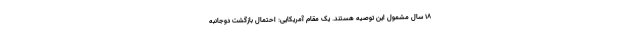
۱۸ سال مشمول این توصیه هستند. یک مقام آمریکایی: احتمال بازگشت دوجانبه